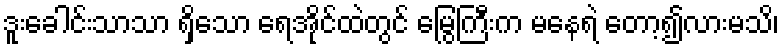
ဒူးခေါင်းသာသာ ရှိသော ရေအိုင်ထဲတွင် မြွေကြီးက မနေရဲ တော့၍လားမသိ၊